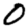
Digit: 0